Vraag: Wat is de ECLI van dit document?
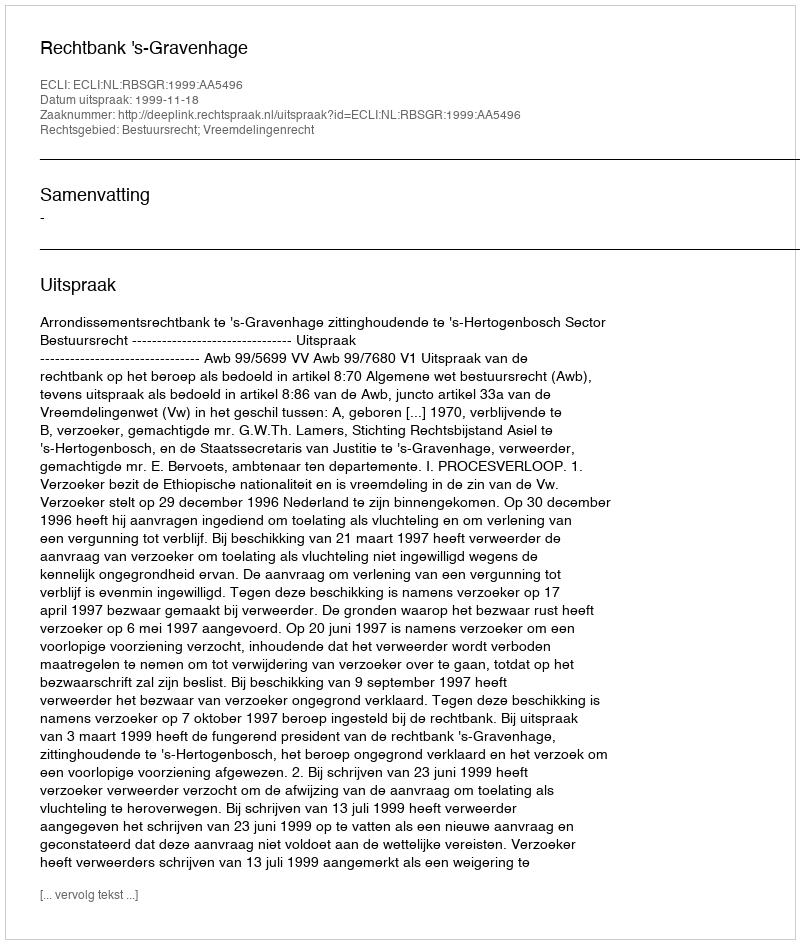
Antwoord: ECLI:NL:RBSGR:1999:AA5496